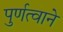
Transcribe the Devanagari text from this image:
पुर्णत्वाने